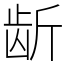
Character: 龂